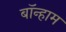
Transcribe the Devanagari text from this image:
बॉन्हाम